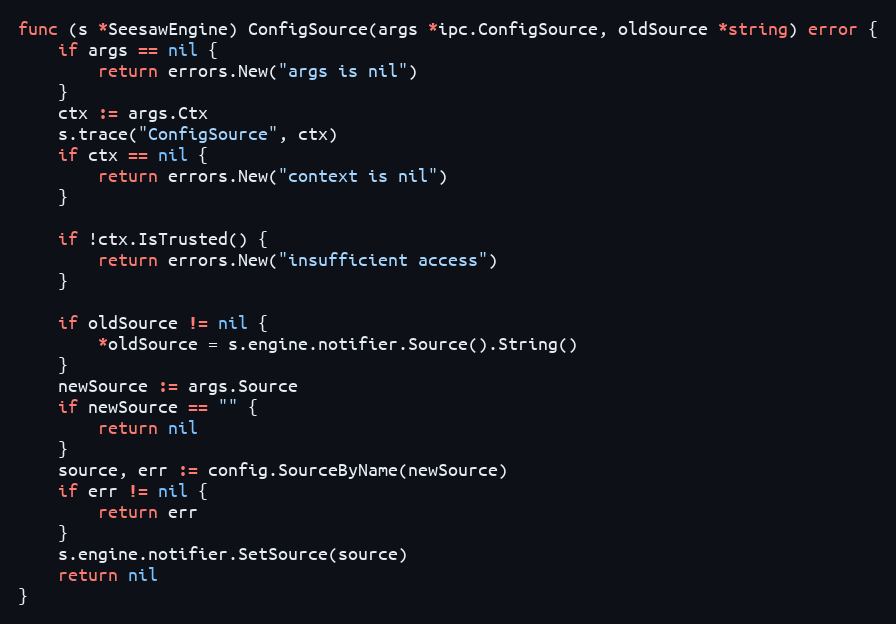
Language: Go
func (s *SeesawEngine) ConfigSource(args *ipc.ConfigSource, oldSource *string) error {
	if args == nil {
		return errors.New("args is nil")
	}
	ctx := args.Ctx
	s.trace("ConfigSource", ctx)
	if ctx == nil {
		return errors.New("context is nil")
	}

	if !ctx.IsTrusted() {
		return errors.New("insufficient access")
	}

	if oldSource != nil {
		*oldSource = s.engine.notifier.Source().String()
	}
	newSource := args.Source
	if newSource == "" {
		return nil
	}
	source, err := config.SourceByName(newSource)
	if err != nil {
		return err
	}
	s.engine.notifier.SetSource(source)
	return nil
}